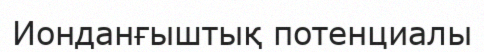
Ионданғыштық потенциалы